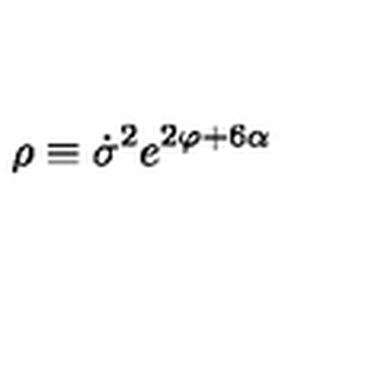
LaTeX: \rho \equiv \dot { \sigma } ^ { 2 } e ^ { 2 \varphi + 6 \alpha }